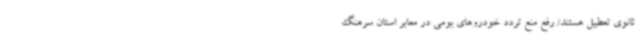
ثانوی تعطیل هستند/ رفع منع تردد خودروهای بومی در معابر استان سرهنگ